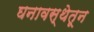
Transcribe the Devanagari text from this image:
घनावस्थेतून